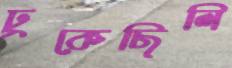
ঢুকেছিলি